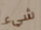
شيء